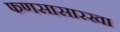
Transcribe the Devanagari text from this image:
फणसासारखा